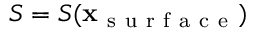
S = S ( \mathbf x _ { \mathrm { ~ s ~ u ~ r ~ f ~ a ~ c ~ e ~ } } )